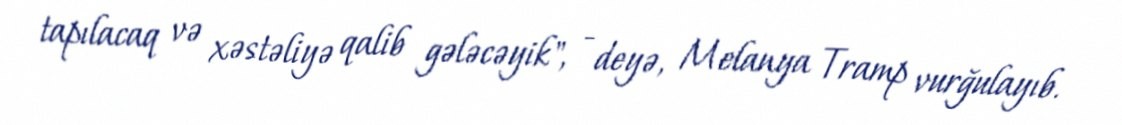
tapılacaq və xəstəliyə qalib gələcəyik", - deyə, Melanya Tramp vurğulayıb.